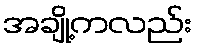
အချို့ကလည်း